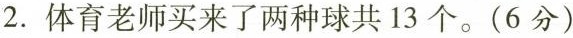
2.体育老师买来了两种球共13个。(6分)